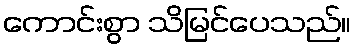
ကောင်းစွာ သိမြင်ပေသည်။